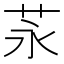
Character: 𦭔